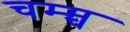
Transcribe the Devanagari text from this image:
चम्म्च